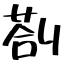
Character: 剳